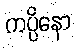
ကပ္ပိနော